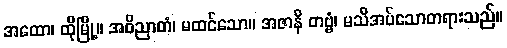
အထော၊ ထိုမြို့။ အဝိညာတံ၊ မထင်သော။ အဇာနိ တဗ္ဗံ၊ မသိအပ်သောတရားသည်။